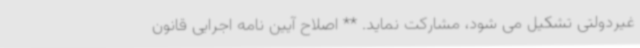
غیردولتی تشکیل می شود، مشارکت نماید. ** اصلاح آیین نامه اجرایی قانون